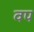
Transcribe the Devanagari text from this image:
वप